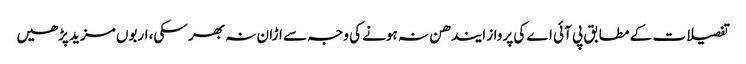
تفصیلات کے مطابق پی آئی اے کی پرواز ایندھن نہ ہونے کی وجہ سے اڑان نہ بھر سکی، اربوں مزید پڑھیں